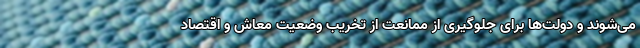
می‌شوند و دولت‌ها برای جلوگیری از ممانعت از تخریب وضعیت معاش و اقتصاد